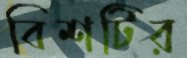
বিশটির